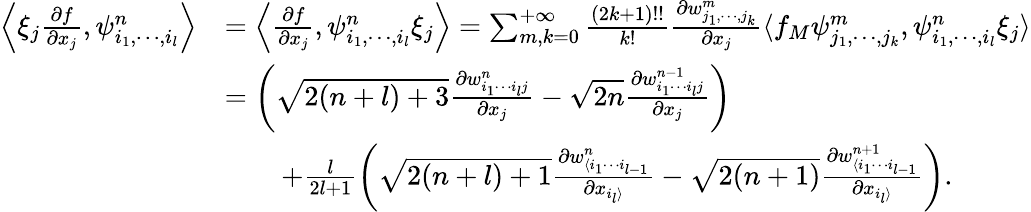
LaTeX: \begin{array}{rl}{\left\langle\xi_{j}\frac{\partial f}{\partial x_{j}},\psi_{i_{1},\cdots,i_{l}}^{n}\right\rangle}&{=\left\langle\frac{\partial f}{\partial x_{j}},\psi_{i_{1},\cdots,i_{l}}^{n}\xi_{j}\right\rangle=\sum_{m,k=0}^{+\infty}\frac{(2k+1)!!}{k!}\frac{\partial w_{j_{1},\cdots,j_{k}}^{m}}{\partial x_{j}}\langle f_{M}\psi_{j_{1},\cdots,j_{k}}^{m},\psi_{i_{1},\cdots,i_{l}}^{n}\xi_{j}\rangle}\\ &{=\left(\sqrt{2(n+l)+3}\frac{\partial w_{i_{1}\cdots i_{l}j}^{n}}{\partial x_{j}}-\sqrt{2n}\frac{\partial w_{i_{1}\cdots i_{l}j}^{n-1}}{\partial x_{j}}\right)}\\ &{\qquad+\frac{l}{2l+1}\left(\sqrt{2(n+l)+1}\frac{\partial w_{\langle i_{1}\cdots i_{l-1}}^{n}}{\partial x_{i_{l}\rangle}}-\sqrt{2(n+1)}\frac{\partial w_{\langle i_{1}\cdots i_{l-1}}^{n+1}}{\partial x_{i_{l}\rangle}}\right).}\end{array}